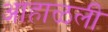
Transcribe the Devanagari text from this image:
आहाळली